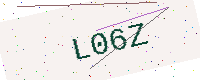
Text: L06Z